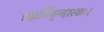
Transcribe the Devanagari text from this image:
ब्रह्मर्षिवृन्दारकः।